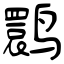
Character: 鹮